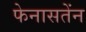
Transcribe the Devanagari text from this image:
फेनासतेंन